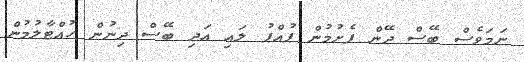
ނަމަވެސް ބޭސް ދޭން ފެށުމުން ޕުއްޕު ލައި އަދި ބޭސް ދިނުން ހުއްޓާލުމުން